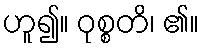
ဟူ၍။ ဝုစ္စတိ၊ ၏။